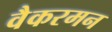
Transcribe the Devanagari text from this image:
वैकरमन